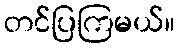
တင်ပြကြမယ်။